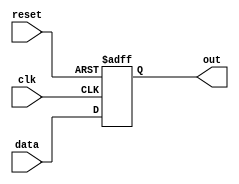
module async_reset_behavioral_model (
    input wire clk,        // Clock signal
    input wire reset,      // Asynchronous reset signal (active high)
    input wire [7:0] data, // Example data input (8-bit)
    output reg [7:0] out   // Output signal (8-bit)
);

// State Definitions
localparam DEFAULT_STATE = 8'b00000000; // Predefined state for reset

// Always block for asynchronous reset and synchronous operation
always @(posedge clk or posedge reset) begin
    if (reset) begin
        // Asynchronous reset: set output to predefined state
        out <= DEFAULT_STATE;
    end else begin
        // Normal operation: update output based on input data
        out <= data; // Example operation: output follows data input
    end
end

endmodule